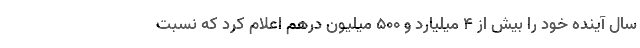
سال آینده خود را بیش از ۴ میلیارد و ۵۰۰ میلیون درهم اعلام کرد که نسبت